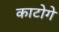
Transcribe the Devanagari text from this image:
काटोगे